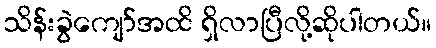
သိန်းခွဲကျော်အထိ ရှိလာပြီလို့ဆိုပါတယ်။